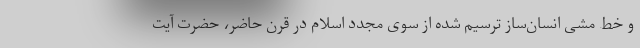
و خط مشی انسان‌ساز ترسیم شده از سوی مجدد اسلام در قرن حاضر، حضرت آیت